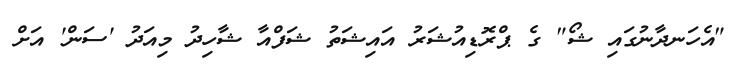
"އެހަނދާނުގައި ޝޯ" ގެ ޕްރޮޑިއުޝަރު އައިޝަތު ޝަފްއާ ޝާހިދު މިއަދު 'ސަން' އަށް